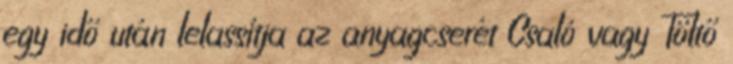
egy idő után lelassítja az anyagcserét Csaló vagy Töltő